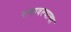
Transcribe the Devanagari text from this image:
रागावल्याचा